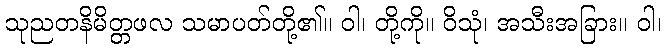
သုညတနိမိတ္တဖလ သမာပတ်တို့၏။ ဝါ၊ တို့ကို။ ဝိသုံ၊ အသီးအခြား။ ဝါ၊